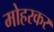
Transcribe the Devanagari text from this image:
मोहरकर